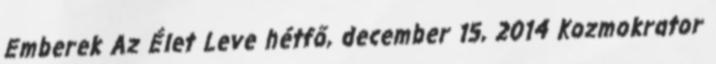
Emberek Az Élet Leve hétfő, december 15, 2014 Kozmokrator